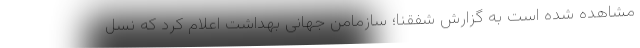
مشاهده شده است به گزارش شفقنا؛ سازمامن جهانی بهداشت اعلام کرد که نسل